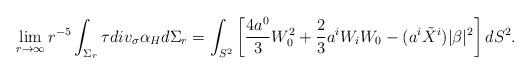
LaTeX: \begin{align*} \lim_{r \to \infty} r^{-5 } \int_{\Sigma_r } \tau div_{\sigma} \alpha_H d \Sigma_r = \int_{S^2} \left[\frac{4a^0}{3}W_0^2 +\frac{2}{3} a^iW_iW_0- (a^i \tilde {X}^i) |\beta|^2 \right]dS^2.\end{align*}